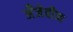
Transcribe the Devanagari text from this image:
अँजेवीन